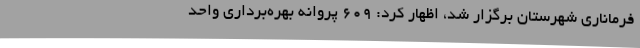
فرماناری شهرستان برگزار شد، اظهار کرد: 609 پروانه بهره‌برداری واحد